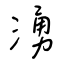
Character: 湧